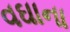
વઘાના